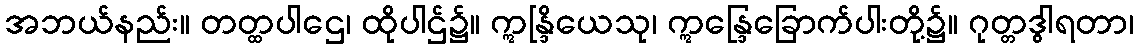
အဘယ်နည်း။ တတ္ထပါဌေ၊ ထိုပါဌ်၌။ ဣန္ဒြိယေသု၊ ဣန္ဒြေခြောက်ပါးတို့၌။ ဂုတ္တဒွါရတာ၊